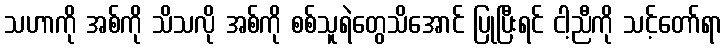
သဟာကို အစ်ကို သိသလို အစ်ကို စစ်သူရဲတွေသိအောင် ပြုပြီးရင် ငါ့ညီကို သင့်တော်ရာ